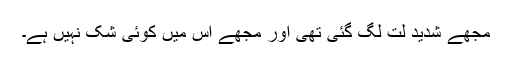
مجھے شدید لت لگ گئی تھی اور مجھے اس میں کوئی شک نہیں ہے۔